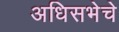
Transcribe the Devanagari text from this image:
अधिसभेचे